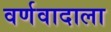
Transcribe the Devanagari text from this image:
वर्णवादाला